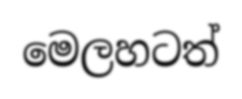
මෙලහටත්